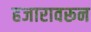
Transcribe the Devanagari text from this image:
हजारावरून